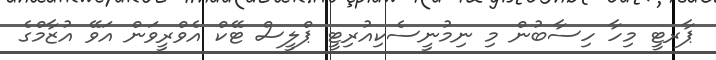
ޕާރޓީ މިހާ ހިސާބުން މި ނިމުނީސެކިއުރިޓީ ޕްލީސް ޓޭކް އެވްރީވަން އަވޭ އުޒާމްގެ